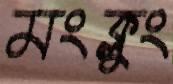
মংক্লুং